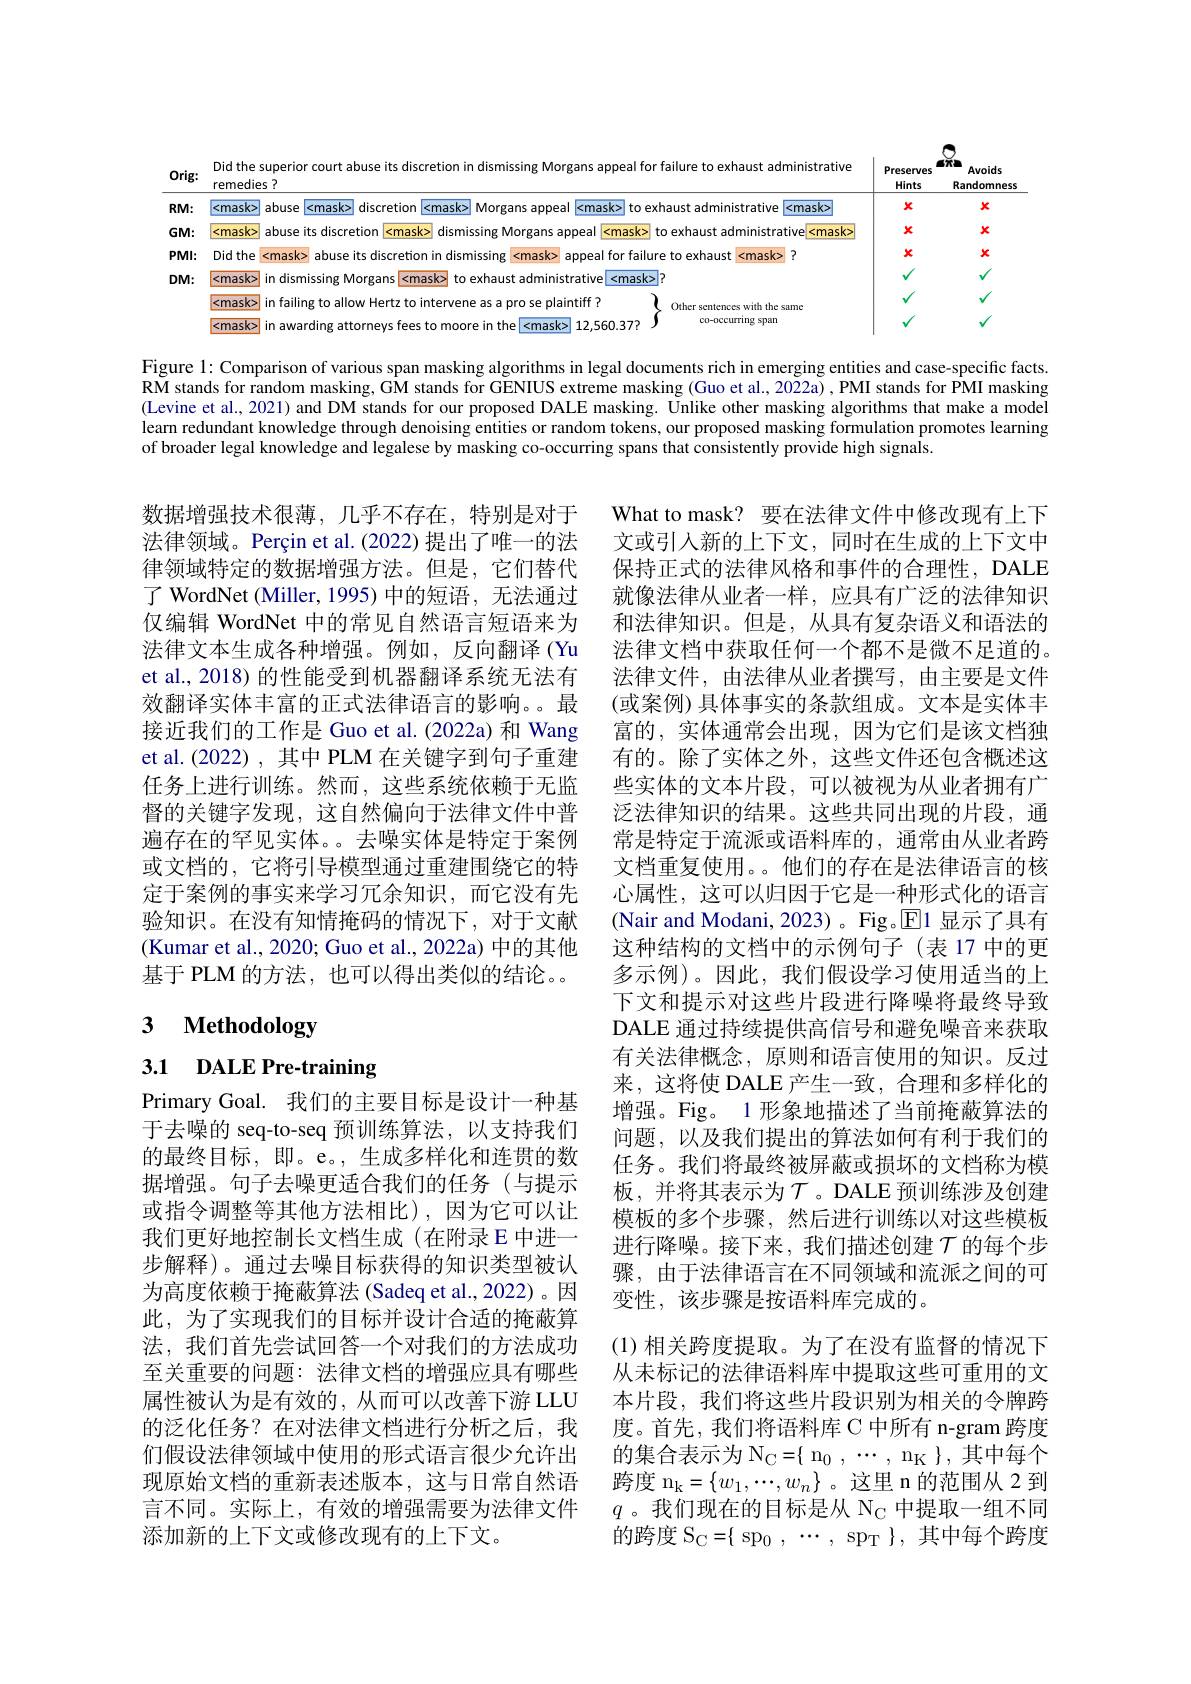
<FigureHere>

Figure 1: Comparison of various span masking algorithms in legal documents rich in emerging entities and case-specific facts. $\bar{\text{RM stands for random masking, GM stands for GENIUS extreme masking (Guo et al., 2022a), PMI stands for PMI masking}}$ (Levine et al., 2021) and DM stands for our proposed DALE masking. Ünlike other masking algorithms that make a model leam redundant knowledge through denoising entities or random tokens, our proposed masking formulation promotes learning of broader legal knowledge and legalese by masking co-occurring spans that consistently provide high signals.

数据增强技术很薄，几乎不存在，特别是对于 What to mask? 要在法律文件中修改现有上下法律领域。Perçin et al. (2022) 提出了唯一的法 文或引人新的上下文，同时在生成的上下文中律领域特定的数据增强方法。但是，它们替代 保持正式的法律风格和事件的合理性，DALE 了 WordNet (Miller, 1995) 中的短语，无法通过 就像法律从业者一样，应具有广泛的法律知识仅编辑 WordNet 中的常见自然语言短语来为法律文本生成各种增强。例如，反向翻译(Yu et al., 2018) 的性能受到机器翻译系统无法有效翻译实体丰富的正式法律语言的影响。。最接近我们的工作是 Guo et al.(2022a) 和 Wang et al. (2022) , 其中 PLM 在关键字到句子重建任务上进行训练。然而，这些系统依赖于无监督的关键字发现，这自然偏向于法律文件中普遍存在的罕见实体。。去噪实体是特定于案例或文档的，它将引导模型通过重建围绕它的特定于案例的事实来学习冗余知识，而它没有先验知识。在没有知情掩码的情况下，对于文献(Kumar et al., 2020; Guo et al., 2022a) 中的其他基于 PLM 的方法，也可以得出类似的结论。。

# 3 Methodology

和法律知识。但是，从具有复杂语义和语法的法律文档中获取任何一个都不是微不足道的。法律文件，由法律从业者撰写，由主要是文件(或案例) 具体事实的条款组成。文本是实体丰富的，实体通常会出现，因为它们是该文档独有的。除了实体之外，这些文件还包含概述这些实体的文本片段，可以被视为从业者拥有广泛法律知识的结果。这些共同出现的片段，通常是特定于流派或语料库的，通常由从业者跨文档重复使用。。他们的存在是法律语言的核心属性，这可以归因于它是一种形式化的语言(Nair and Modani, 2023)。{Fig}。{E}1\:显示了具有这种结构的文档中的示例句子(表 17 中的更多示例)。因此，我们假设学习使用适当的上下文和提示对这些片段进行降噪将最终导致DALE 通过持续提供高信号和避免噪音来获取有关法律概念，原则和语言使用的知识。反过来，这将使 DALE 产生一致，合理和多样化的增强。Fig。1 形象地描述了当前掩蔽算法的问题，以及我们提出的算法如何有利于我们的任务。我们将最终被屏蔽或损坏的文档称为模板，并将其表示为$\mathcal{T}$。DALE 预训练涉及创建模板的多个步骤，然后进行训练以对这些模板进行降噪。接下来，我们描述创建$\mathcal{T}$的每个步骤，由于法律语言在不同领域和流派之间的可变性，该步骤是按语料库完成的。
(1)相关跨度提取。为了在没有监督的情况下从未标记的法律语料库中提取这些可重用的文本片段，我们将这些片段识别为相关的令牌跨度。首先，我们将语料库 C 中所有 n-gram 跨度的集合表示为$N_C$= $\{$ $n_0$ , $\cdots$ , $n_K$ $\}$, 其 中 每 个 跨度 n$_\mathrm{k}=\{w_1,\cdots,w_n\}$。这里 n 的范围从 2 到$q$。我们现在的目标是从$\mathcal{N}_{\mathrm{C}}$中提取一组不同的跨度$S_{\mathrm{C} }$= $\{$ s$p_{0}$ , $\cdots$ , s$p_{\mathrm{T} }$ $\}$, 其 中 每 个 跨 度

3.1 DALE Pre-training

Primary Goal. 我们的主要目标是设计一种基于去噪的 seq-to-seq 预训练算法，以支持我们的最终目标，即。e。,生成多样化和连贯的数据增强。句子去噪更适合我们的任务(与提示或指令调整等其他方法相比),因为它可以让我们更好地控制长文档生成(在附录 E 中进一步解释)。通过去噪目标获得的知识类型被认为高度依赖于掩蔽算法 (Sadeq et al.,2022)。因此，为了实现我们的目标并设计合适的掩蔽算法，我们首先尝试回答一个对我们的方法成功至关重要的问题：法律文档的增强应具有哪些属性被认为是有效的，从而可以改善下游 LLU 的泛化任务？在对法律文档进行分析之后，我们假设法律领域中使用的形式语言很少允许出现原始文档的重新表述版本，这与日常自然语言不同。实际上，有效的增强需要为法律文件添加新的上下文或修改现有的上下文。